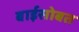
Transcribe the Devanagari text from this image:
बाईसोबत